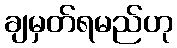
ချမှတ်ရမည်ဟု